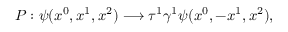
P : \psi ( x ^ { 0 } , x ^ { 1 } , x ^ { 2 } ) \longrightarrow \tau ^ { 1 } \gamma ^ { 1 } \psi ( x ^ { 0 } , - x ^ { 1 } , x ^ { 2 } ) ,